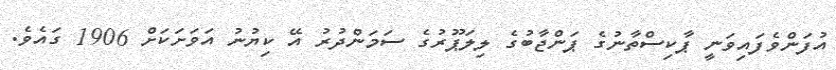
އުފަންވެފައިވަނީ ޕާކިސްތާނުގެ ޕަންޖާބުގެ ލިލަޕޫރުގެ ސަމަންދުރު އޭ ކިޔުނު އަވަށަކަށް 1906 ގައެވެ.